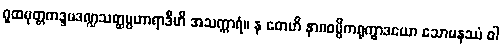
ဂူထမုတ္တကဒ္ဒမဒဏ္ဍသတ္ထပ္ပဟာရာဒီဟိ အသက္ကာရံ။ န တေဟိ နာဂဝမ္မိကရုက္ခာဒယော သောမနဿံ ဝါ